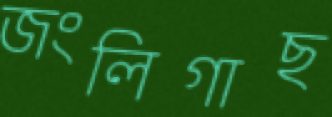
জংলিগাছ